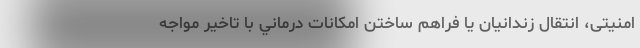
امنیتی، انتقال زندانیان يا فراهم ساختن امكانات درماني با تاخیر مواجه